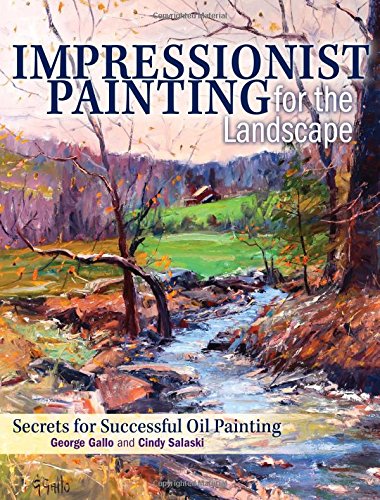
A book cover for Impressionist Painting for the Landscape: Secrets for Successful Oil Painting; Cindy Salaski; Arts & Photography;